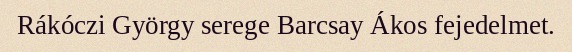
Rákóczi György serege Barcsay Ákos fejedelmet.